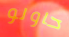
حاولو